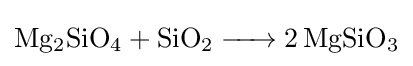
{\ce {Mg2SiO4 + SiO2 -> 2MgSiO3}}